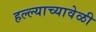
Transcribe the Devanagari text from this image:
हल्ल्याच्यावेळी